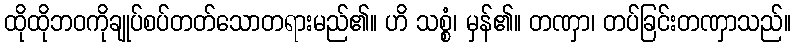
ထိုထိုဘဝကိုချုပ်စပ်တတ်သောတရားမည်၏။ ဟိ သစ္စံ၊ မှန်၏။ တဏှာ၊ တပ်ခြင်းတဏှာသည်။